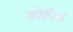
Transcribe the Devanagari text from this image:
डोपित